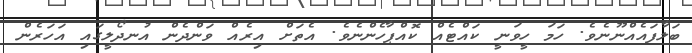
ބަލާފައެއްނޫނެވެ. ހަމަ ހީވަނީ ކައްޓެއް ކޮއްޕާހެންނެވެ. އެތަށް އިރެއް ވަންދެން އުނދޯލީގައި އަހަރެން